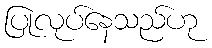
ပြုလုပ်နေသည်ဟု